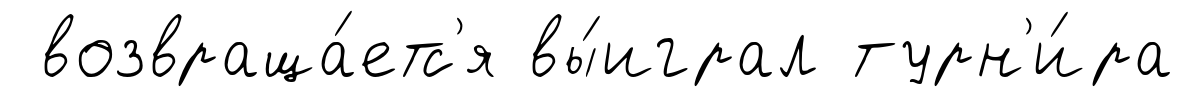
возвраща́етс'я вы́играл турн'и́ра